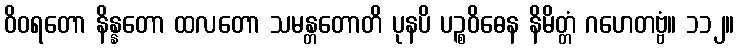
ဝိဝရတော နိန္နတော ထလတော သမန္တတောတိ ပုနပိ ပဉ္စဝိဓေန နိမိတ္တံ ဂဟေတဗ္ဗံ။ ၁၁၂။